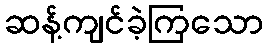
ဆန့်ကျင်ခဲ့ကြသော